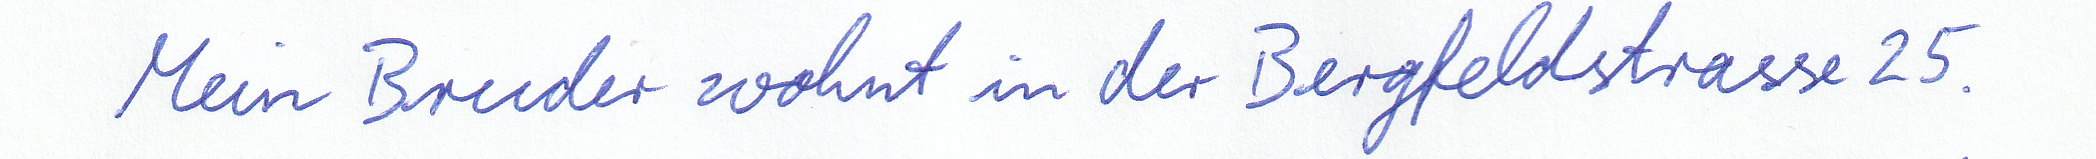
Mein Bruder wohnt in der Bergfeldstrasse 25.